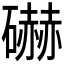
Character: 𰧩